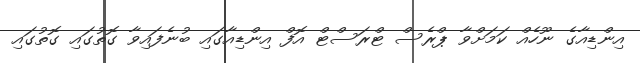
އިންޑިއާގެ ނޫހެއް ކަމަށްވާ ޕްރެސް ޓްރަސްޓް އޮފް އިންޑިއާގައި ބުނެފައިވާ ގޮތުގައި ގޮތުގައި